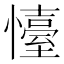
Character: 懛